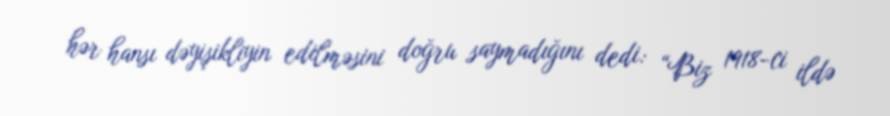
hər hansı dəyişikliyin edilməsini doğru saymadığını dedi: “Biz 1918-ci ildə